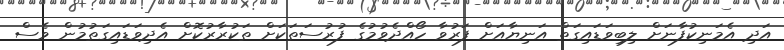
އަދި އެމަނިކުފާނަށް ލިބިވަޑައިގަތް އަނިޔާއަށް ފަރުވާ ހޯއްދެވުމުގެ ފުރުސަތަކަށް ތަކުރާރުކޮށް އެދިވަޑައިގަތުމުން ވެސް